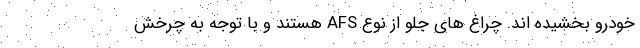
خودرو بخشیده اند. چراغ های جلو از نوع AFS هستند و با توجه به چرخش